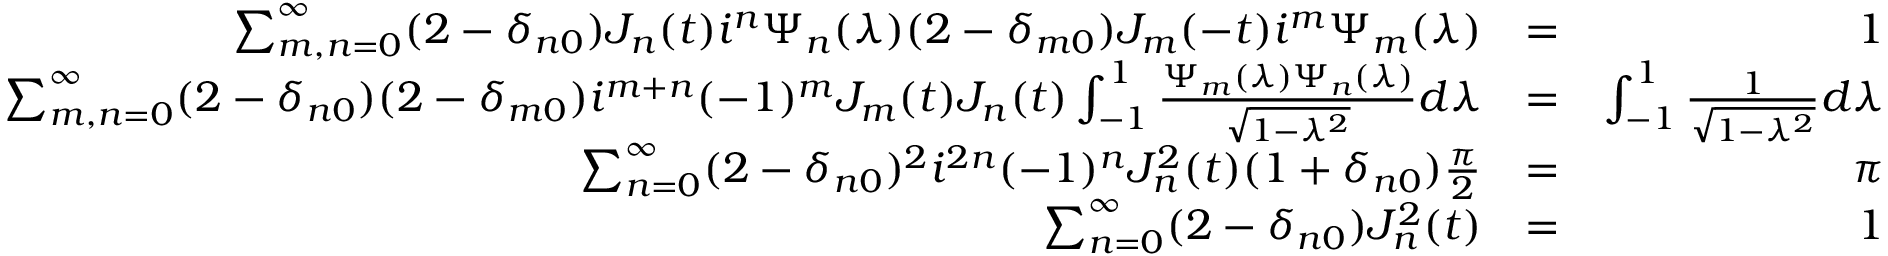
\begin{array} { r l r } { \sum _ { m , n = 0 } ^ { \infty } ( 2 - \delta _ { n 0 } ) J _ { n } ( t ) i ^ { n } \Psi _ { n } ( \lambda ) ( 2 - \delta _ { m 0 } ) J _ { m } ( - t ) i ^ { m } \Psi _ { m } ( \lambda ) } & { = } & { 1 } \\ { \sum _ { m , n = 0 } ^ { \infty } ( 2 - \delta _ { n 0 } ) ( 2 - \delta _ { m 0 } ) i ^ { m + n } ( - 1 ) ^ { m } J _ { m } ( t ) J _ { n } ( t ) \int _ { - 1 } ^ { 1 } \frac { \Psi _ { m } ( \lambda ) \Psi _ { n } ( \lambda ) } { \sqrt { 1 - \lambda ^ { 2 } } } d \lambda } & { = } & { \int _ { - 1 } ^ { 1 } \frac { 1 } { \sqrt { 1 - \lambda ^ { 2 } } } d \lambda } \\ { \sum _ { n = 0 } ^ { \infty } ( 2 - \delta _ { n 0 } ) ^ { 2 } i ^ { 2 n } ( - 1 ) ^ { n } J _ { n } ^ { 2 } ( t ) ( 1 + \delta _ { n 0 } ) \frac { \pi } { 2 } } & { = } & { \pi } \\ { \sum _ { n = 0 } ^ { \infty } ( 2 - \delta _ { n 0 } ) J _ { n } ^ { 2 } ( t ) } & { = } & { 1 } \end{array}